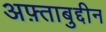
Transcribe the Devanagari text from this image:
अफ़्ताबुद्दीन